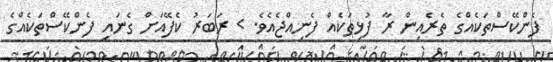
ފެންކޭސްތަކެއްގެ ތެރެއިން ރާ ފުޅިތަކެއް ފެނިއްޖެއެވެ. > ރަބަރު ކެފޭއަށް ގެނައި ފެންކޭސްތަކެއްގެ